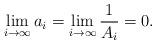
LaTeX: \begin{align*}\lim_{i \rightarrow \infty} a_i = \lim_{i \rightarrow \infty} \frac{1}{A_i} = 0.\end{align*}